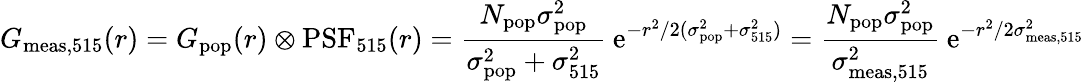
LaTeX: G_{\mathrm{meas,515}}(r)=G_{\mathrm{pop}}(r)\otimes\mathrm{PSF}_{515}(r)=\frac{N_{\mathrm{pop}}\sigma_{\mathrm{pop}}^{2}}{\sigma_{\mathrm{pop}}^{2}+\sigma_{515}^{2}}\: \mathrm{e}^{-r^{2}/2(\sigma_{\mathrm{pop}}^{2}+\sigma_{515}^{2})}=\frac{N_{\mathrm{pop}}\sigma_{\mathrm{pop}}^{2}}{\sigma_{\mathrm{meas,515}}^{2}}\: \mathrm{e}^{-r^{2}/2\sigma_{\mathrm{meas,515}}^{2}}